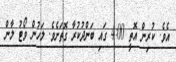
އެވެ. ކުރިން އޮތީ 4:00 ގައި ބަންދުކުރާ ގޮތަށެވެ. ލަހުން ވޯޓު ލާން